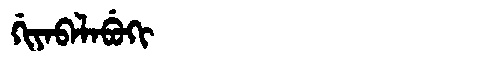
Manchu: ᡤᡳᠶᠠᠪᠠᠯᠠᠪᡠᡴᡳ
Romanization: GIYABALABUKI